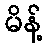
မိန့်